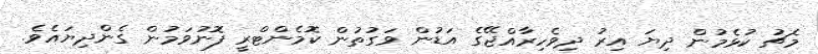
މެޗު ކުޅެމުން ދިޔަ އިރު ދިވެހިރާއްޖޭގެ އަޑުން ވަގުތުން ކޮމެންޓްރީ ފޮނުވަމުން ގެންދިޔައެވެ.